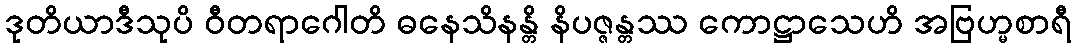
ဒုတိယာဒီသုပိ ဝီတရာဂေါတိ ဓနေသိနန္တိ နိပဇ္ဇန္တဿ ကောဋ္ဌာသေဟိ အဗြဟ္မစာရီ